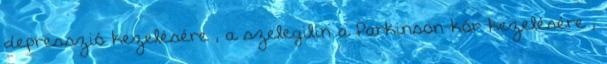
depresszió kezelésére , a szelegilin a Parkinson-kór kezelésére ,